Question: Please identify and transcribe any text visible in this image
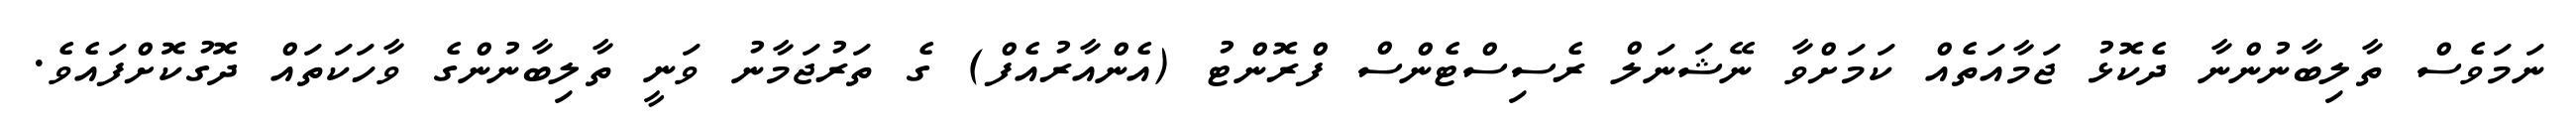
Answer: ނަމަވެސް ތާލިބާނުންނާ ދެކޮޅު ޖަމާއަތެއް ކަމަށްވާ ނޭޝަނަލް ރެސިސްޓެންސް ފްރޮންޓު (އެންއާރުއެފް) ގެ ތަރުޖަމާނު ވަނީ ތާލިބާނުންގެ ވާހަކަތައް ދޮގުކޮށްފައެވެ.